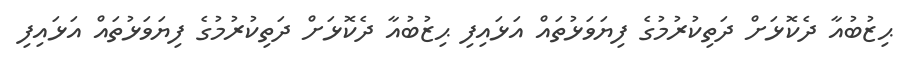
ޙިޒުބުއާ ދެކޮޅަށް ދަތިކުރުމުގެ ފިޔަވަޅުތައް އަޅައިފި ޙިޒުބުއާ ދެކޮޅަށް ދަތިކުރުމުގެ ފިޔަވަޅުތައް އަޅައިފި